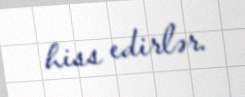
hiss edirlər.